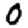
Digit: 0